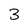
Character: 3